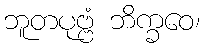
ဘူတပုဗ္ဗံ ဘိက္ခဝေ၊